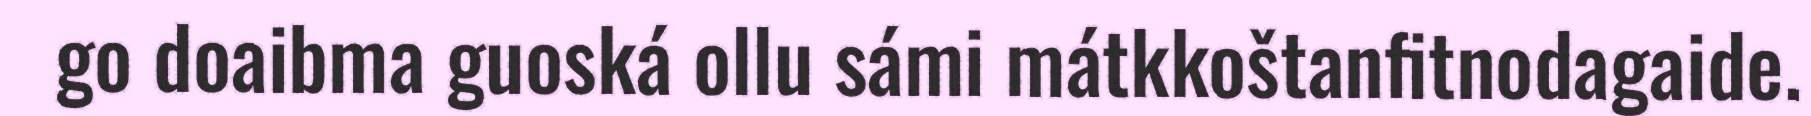
go doaibma guoská ollu sámi mátkkoštanfitnodagaide.